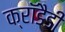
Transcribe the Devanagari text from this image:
क्रॉडैडी